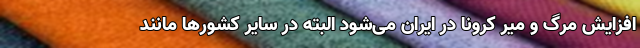
افزایش مرگ و میر کرونا در ایران می‌شود البته در سایر کشور‌ها مانند